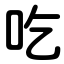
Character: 吃